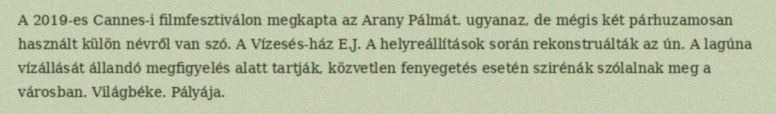
A 2019-es Cannes-i filmfesztiválon megkapta az Arany Pálmát. ugyanaz, de mégis két párhuzamosan használt külön névről van szó. A Vízesés-ház E.J. A helyreállítások során rekonstruálták az ún. A lagúna vízállását állandó megfigyelés alatt tartják, közvetlen fenyegetés esetén szirénák szólalnak meg a városban. Világbéke. Pályája.